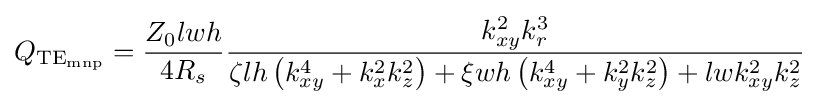
Q_{\rm {TE_{mnp}}}={\frac {Z_{0}lwh}{4R_{s}}}{\frac {k_{xy}^{2}k_{r}^{3}}{\zeta lh\left(k_{xy}^{4}+k_{x}^{2}k_{z}^{2}\right)+\xi wh\left(k_{xy}^{4}+k_{y}^{2}k_{z}^{2}\right)+lwk_{xy}^{2}k_{z}^{2}}}